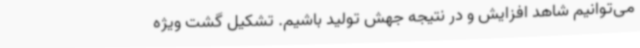
می‌توانیم شاهد افزایش و در نتیجه جهش تولید باشیم. تشکیل گشت ویژه